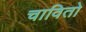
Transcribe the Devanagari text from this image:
चावितो